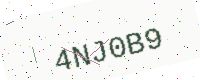
Text: 4NJ0B9